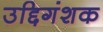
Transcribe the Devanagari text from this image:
उद्दिगंशक